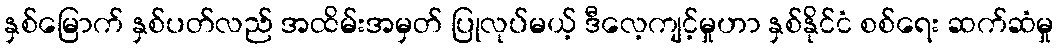
နှစ်မြောက် နှစ်ပတ်လည် အထိမ်းအမှတ် ပြုလုပ်မယ့် ဒီလေ့ကျင့်မှုဟာ နှစ်နိုင်ငံ စစ်ရေး ဆက်ဆံမှု